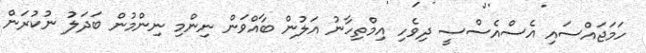
ހަމަޖައްސައި އެސްއެސްސީ ދިވެހި އިމްތިިހާނު އަލުން ބާއްވަން ނިންމި ނިންމުން ބަދަލު ނުކުރަން